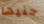
جنيها